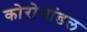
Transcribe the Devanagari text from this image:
कोरोमांडल